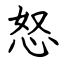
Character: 怒